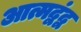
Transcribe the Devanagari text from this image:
आत्मद्वंद्व